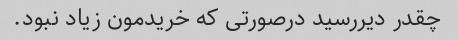
چقدر دیررسید درصورتی که خریدمون زیاد نبود.